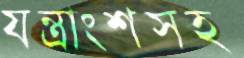
যন্ত্রাংশসহ